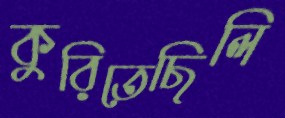
কুরিতেছিলি